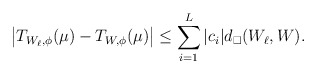
\begin{align*}\big| T_{W_\ell,\phi}(\mu)- T_{W,\phi}(\mu)\big|\le \sum_{i=1}^L|c_i| d_\square(W_\ell,W).\end{align*}